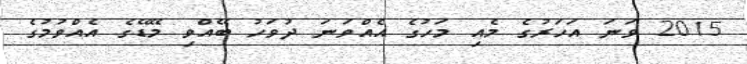
2015 ވަނަ އަހަރުގެ މެއި މަހުގެ އެއްވަނަ ދުވަހު ބޭއްވި މޭޑޭގެ އެއްވުމުގެ